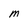
Character: M